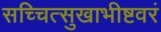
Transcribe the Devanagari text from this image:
सच्चित्सुखाभीष्टवरं